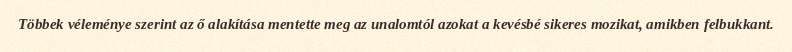
Többek véleménye szerint az ő alakítása mentette meg az unalomtól azokat a kevésbé sikeres mozikat, amikben felbukkant.